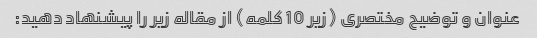
عنوان و توضیح مختصری (زیر 10 کلمه) از مقاله زیر را پیشنهاد دهید: